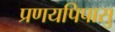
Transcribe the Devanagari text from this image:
प्रणयपिपासु